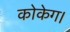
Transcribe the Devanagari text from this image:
कोकेग।